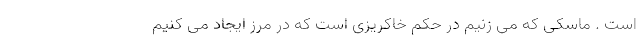
است . ماسکی که می زنیم در حکم خاکریزی است که در مرز ایجاد می کنیم